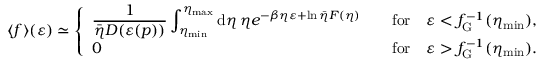
\langle f \rangle ( \varepsilon ) \simeq \left\{ \begin{array} { l l } { \displaystyle \frac { 1 } { \bar { \eta } D ( \varepsilon ( p ) ) } \int _ { \eta _ { \mathrm { m i n } } } ^ { \eta _ { \mathrm { m a x } } } \mathrm { d } \eta \, \eta e ^ { - \beta \eta \varepsilon + \ln \bar { \eta } F ( \eta ) } \quad } & { \mathrm { f o r } \quad \varepsilon < f _ { \mathrm { G } } ^ { - 1 } ( \eta _ { \mathrm { m i n } } ) , } \\ { 0 \quad } & { \mathrm { f o r } \quad \varepsilon > f _ { \mathrm { G } } ^ { - 1 } ( \eta _ { \mathrm { m i n } } ) . } \end{array} \right.